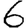
Digit: 6